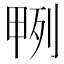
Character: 𭻎